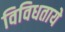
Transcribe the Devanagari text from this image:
विविधताये